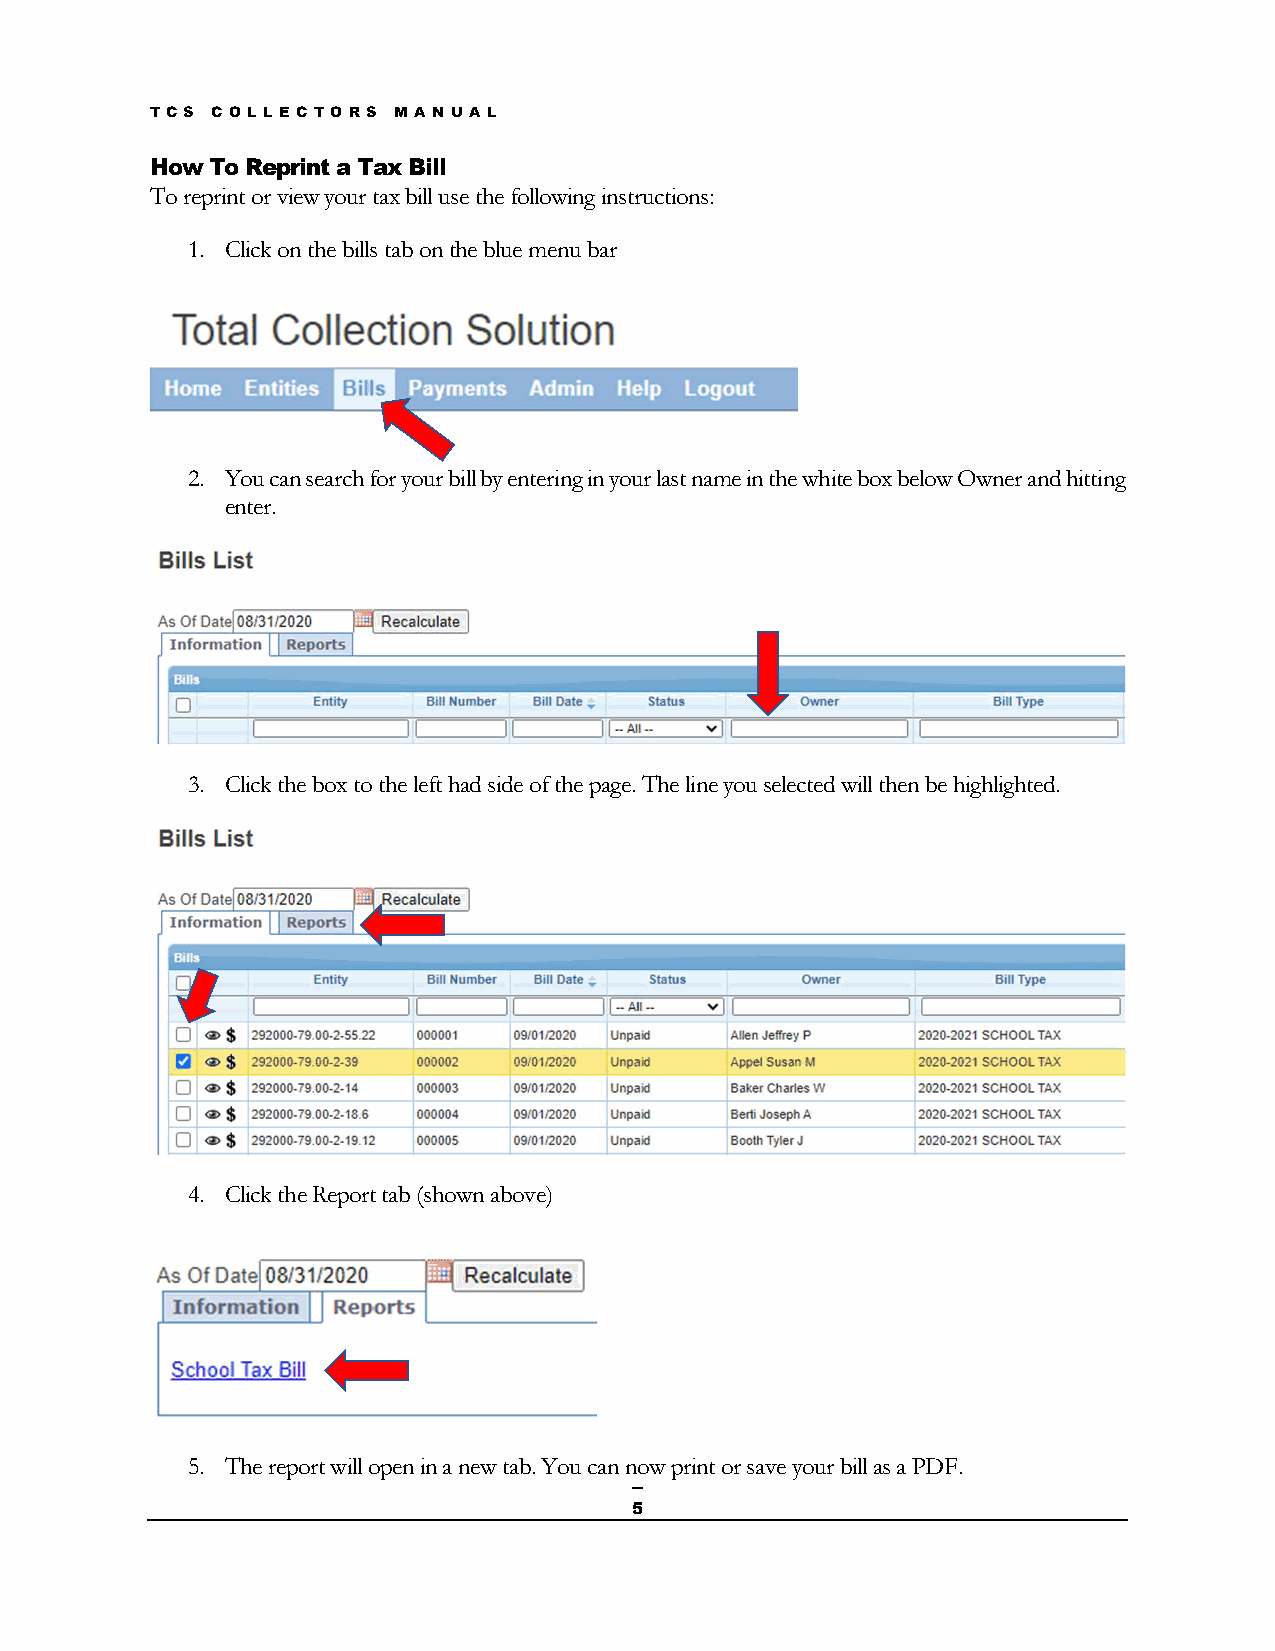
T C S C OL L E C TO R S M A N UA L
 How To Reprint a Tax Bill
 To reprint or view your tax bill use the following instructions:
 1. Click on the bills tab on the blue menu bar
 2. You can search for your bill by entering in your last name in the white box below Owner and hitting
 enter.
 3. Click the box to the left had side of the page. The line you selected will then be highlighted.
 4. Click the Report tab (shown above)
 5. The report will open in a new tab. You can now print or save your bill as a PDF.
 5